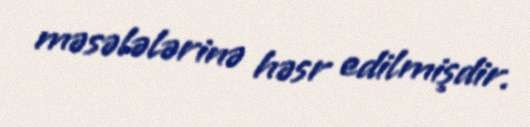
məsələlərinə həsr edilmişdir.